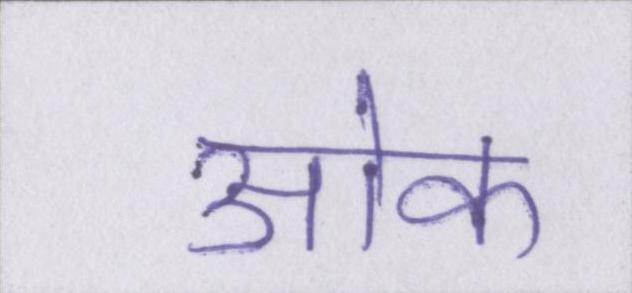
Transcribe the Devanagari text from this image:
ओक